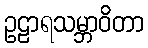
ဥဠာရသမ္ဘာဝိတာ